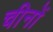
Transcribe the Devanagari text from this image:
चीनों